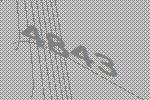
4843